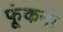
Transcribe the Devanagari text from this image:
फूंकना